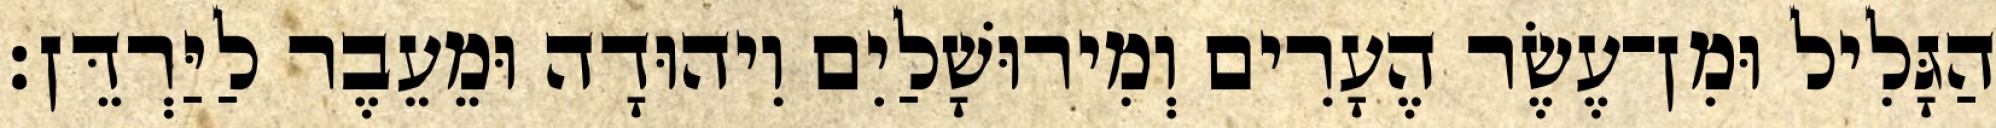
הַגָּלִיל וּמִן־עֶשֶׂר הֶעָרִים וְמִירוּשָׁלַיִם וִיהוּדָה וּמֵעֵבֶר לַיַּרְדֵּן׃